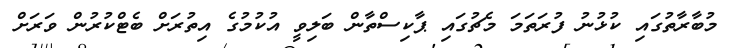
މުބާރާތުގައި ކުޅުނު ފުރަތަމަ މެޗުގައި ޕާކިސްތާން ބަލިވީ އުކުމުގެ އިތުރަށް ބެޓްކުރުން ވަރަށް